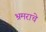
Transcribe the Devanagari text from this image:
भ्रमराचे